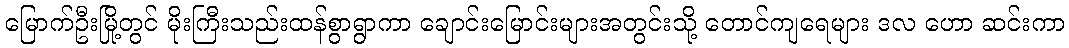
မြောက်ဦးမြို့တွင် မိုးကြီးသည်းထန်စွာရွာကာ ချောင်းမြောင်းများအတွင်းသို့ တောင်ကျရေများ ဒလ ဟော ဆင်းကာ